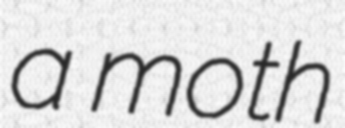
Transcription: a moth